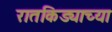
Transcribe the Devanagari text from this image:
रातकिड्याच्या